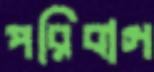
পরিবাগ